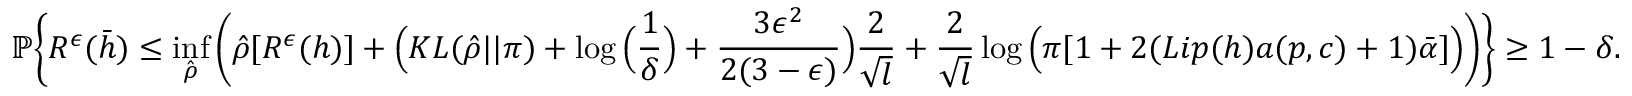
\small \mathbb { P } \Bigg \{ R ^ { \epsilon } ( \bar { h } ) \leq \operatorname* { i n f } _ { \hat { \rho } } \Bigg ( \hat { \rho } [ R ^ { \epsilon } ( h ) ] + \Big ( K L ( \hat { \rho } | | \pi ) + \log \Big ( \frac { 1 } { \delta } \Big ) + \frac { 3 \epsilon ^ { 2 } } { 2 ( 3 - \epsilon ) } \Big ) \frac { 2 } { \sqrt { l } } + \frac { 2 } { \sqrt { l } } \log \Big ( \pi [ 1 + 2 ( L i p ( h ) a ( p , c ) + 1 ) \bar { \alpha } ] \Big ) \Bigg ) \Bigg \} \geq 1 - \delta .